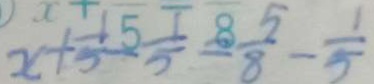
x + \frac { 1 } { 5 } - \frac { 1 } { 5 } = \frac { 5 } { 8 } - \frac { 1 } { 5 }